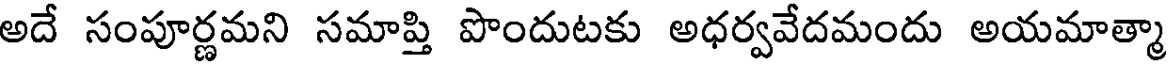
అదే సంపూర్ణమని సమాప్తి పొందుటకు అధర్వవేదమందు అయమాత్మా